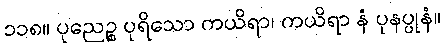
၁၁၈။ ပုညေဉ္စ ပုရိသော ကယိရာ၊ ကယိရာ နံ ပုနပ္ပုနံ။